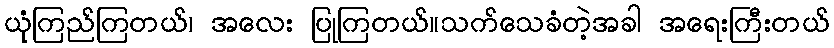
ယုံကြည်ကြတယ်၊ အလေး ပြုကြတယ်။သက်သေခံတဲ့အခါ အရေးကြီးတယ်